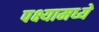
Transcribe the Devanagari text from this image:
पक्ष्यामध्ये